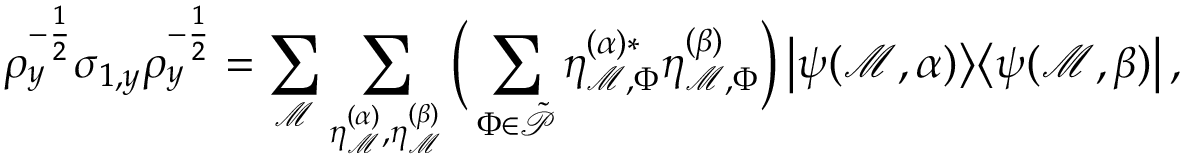
\rho _ { y } ^ { - \frac { 1 } { 2 } } \sigma _ { 1 , y } \rho _ { y } ^ { - \frac { 1 } { 2 } } = \sum _ { \mathcal { M } } \sum _ { \eta _ { \mathcal { M } } ^ { ( \alpha ) } , \eta _ { \mathcal { M } } ^ { ( \beta ) } } \Big ( \sum _ { \Phi \in \Tilde { \mathcal { P } } } \eta _ { \mathcal { M } , \Phi } ^ { ( \alpha ) * } \eta _ { \mathcal { M } , \Phi } ^ { ( \beta ) } \Big ) \left| \psi ( \mathcal { M } , \alpha ) \middle > \middle < \psi ( \mathcal { M } , \beta ) \right| ,